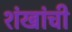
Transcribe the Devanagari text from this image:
शंखांची